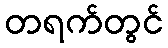
တရက်တွင်